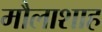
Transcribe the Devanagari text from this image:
मौलाशाह